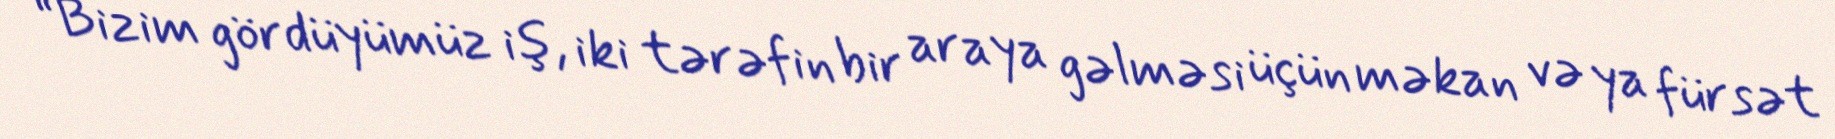
“Bizim gördüyümüz iş, iki tərəfin bir araya gəlməsi üçün məkan və ya fürsət